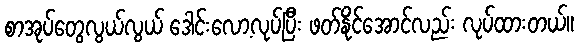
စာအုပ်တွေလွယ်လွယ် ဒေါင်းလော့လုပ်ပြီး ဖတ်နိုင်အောင်လည်း လုပ်ထားတယ်။